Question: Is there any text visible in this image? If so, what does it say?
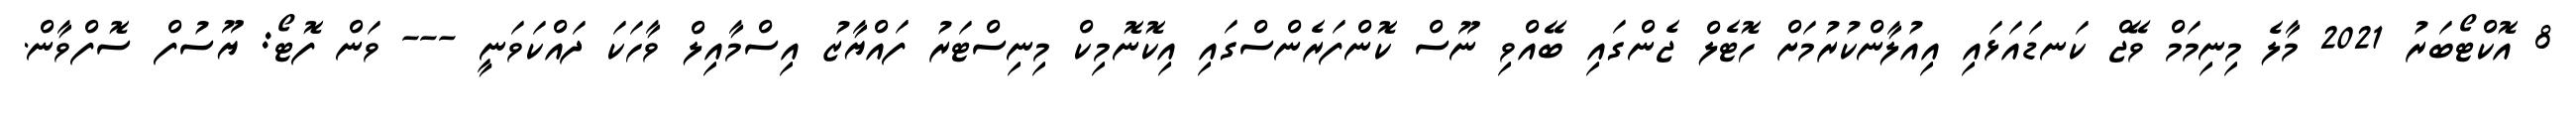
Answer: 8 އޮކްޓޯބަރު 2021 މާލެ މިނިމަމް ވޭޖް ކަނޑައަޅައި އިއުލާންކުރުމަށް ހޮޓެލް ޖެންގައި ބޭއްވި ނޫސް ކޮންފަރެންސްގައި އިކޮނޮމިކް މިނިސްޓަރު ފައްޔާޒު އިސްމާއިލް ވާހަކަ ދައްކަވަނީ --- ވަން ފޮޓޯ: ޔޫސުފް ސޮފްވާން.